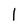
Character: 1